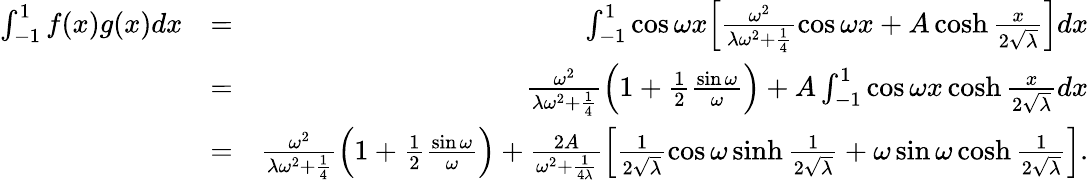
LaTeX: \begin{array}{rlr}{\int_{-1}^{1}f(x)g(x)dx}&{=}&{\int_{-1}^{1}\cos\omega x\Big[\frac{\omega^{2}}{\lambda\omega^{2}+\frac{1}{4}}\cos\omega x+A\cosh\frac{x}{2\sqrt{\lambda}}\Big]dx}\\ &{=}&{\frac{\omega^{2}}{\lambda\omega^{2}+\frac{1}{4}}\Big(1+\frac{1}{2}\frac{\sin\omega}{\omega}\Big)+A\int_{-1}^{1}\cos\omega x\cosh\frac{x}{2\sqrt{\lambda}}dx}\\ &{=}&{\frac{\omega^{2}}{\lambda\omega^{2}+\frac{1}{4}}\Big(1+\frac{1}{2}\frac{\sin\omega}{\omega}\Big)+\frac{2A}{\omega^{2}+\frac{1}{4\lambda}}\Big[\frac{1}{2\sqrt{\lambda}}\cos\omega\sinh\frac{1}{2\sqrt{\lambda}}+\omega\sin\omega\cosh\frac{1}{2\sqrt{\lambda}}\Big].}\end{array}